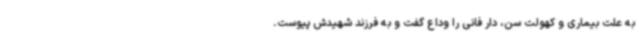
به علت بیماری و کهولت سن، دار فانی را وداع گفت و به فرزند شهیدش پیوست.